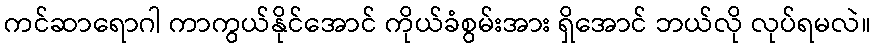
ကင်ဆာရောဂါ ကာကွယ်နိုင်အောင် ကိုယ်ခံစွမ်းအား ရှိအောင် ဘယ်လို လုပ်ရမလဲ။